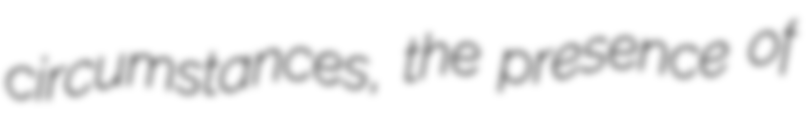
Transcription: circumstances, the presence of